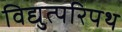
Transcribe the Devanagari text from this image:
विद्युत्परिपथ